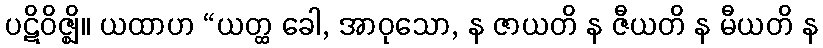
ပဋိဝိဇ္ဈိ။ ယထာဟ “ယတ္ထ ခေါ, အာဝုသော, န ဇာယတိ န ဇီယတိ န မီယတိ န